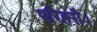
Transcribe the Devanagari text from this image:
परिहरौ।